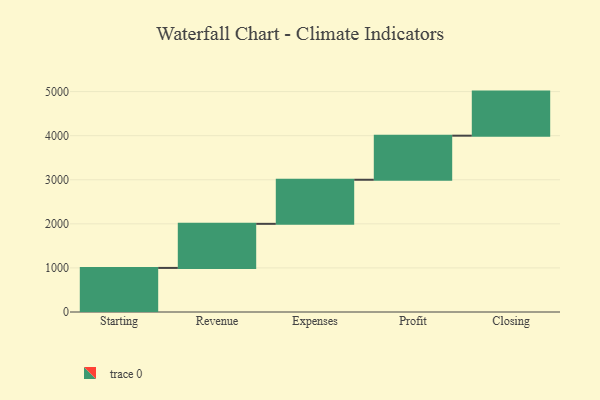
{"axis": {"x": "Step", "y": "Value"}, "legend": [""], "data": [{"x": "Starting", "y": 1000, "type": ""}, {"x": "Revenue", "y": 1000, "type": ""}, {"x": "Expenses", "y": 1000, "type": ""}, {"x": "Profit", "y": 1000, "type": ""}, {"x": "Closing", "y": 1000, "type": ""}]}